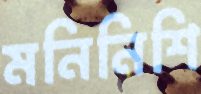
মনিনিশি